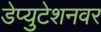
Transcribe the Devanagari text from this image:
डेप्युटेशनवर